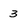
Character: 3